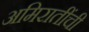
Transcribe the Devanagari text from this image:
अमिरातींची